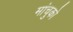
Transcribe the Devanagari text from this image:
मांचुको